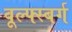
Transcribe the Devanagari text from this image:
वूल्फ्स्बर्ग